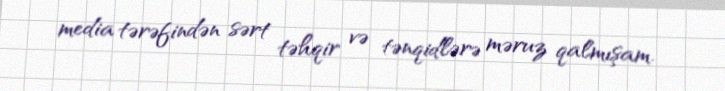
media tərəfindən sərt təhqir və tənqidlərə məruz qalmışam.